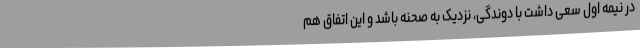
در نیمه اول سعی داشت با دوندگی، نزدیک به صحنه باشد و این اتفاق هم